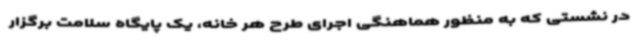
در نشستی که به منظور هماهنگی اجرای طرح هر خانه، یک پایگاه سلامت برگزار